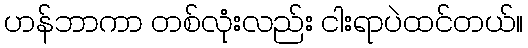
ဟန်ဘာကာ တစ်လုံးလည်း ငါးရာပဲထင်တယ်။